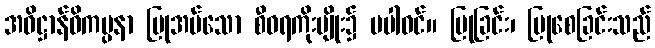
အဓိဋ္ဌာန်ဝိကပ္ပနာ ပြုအပ်သော စီဝရကိုးမျိုး၌ မပါဝင်။ ပြုခြင်း၊ ပြုစေခြင်းသည်